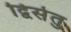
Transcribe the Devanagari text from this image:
द्विसेतु